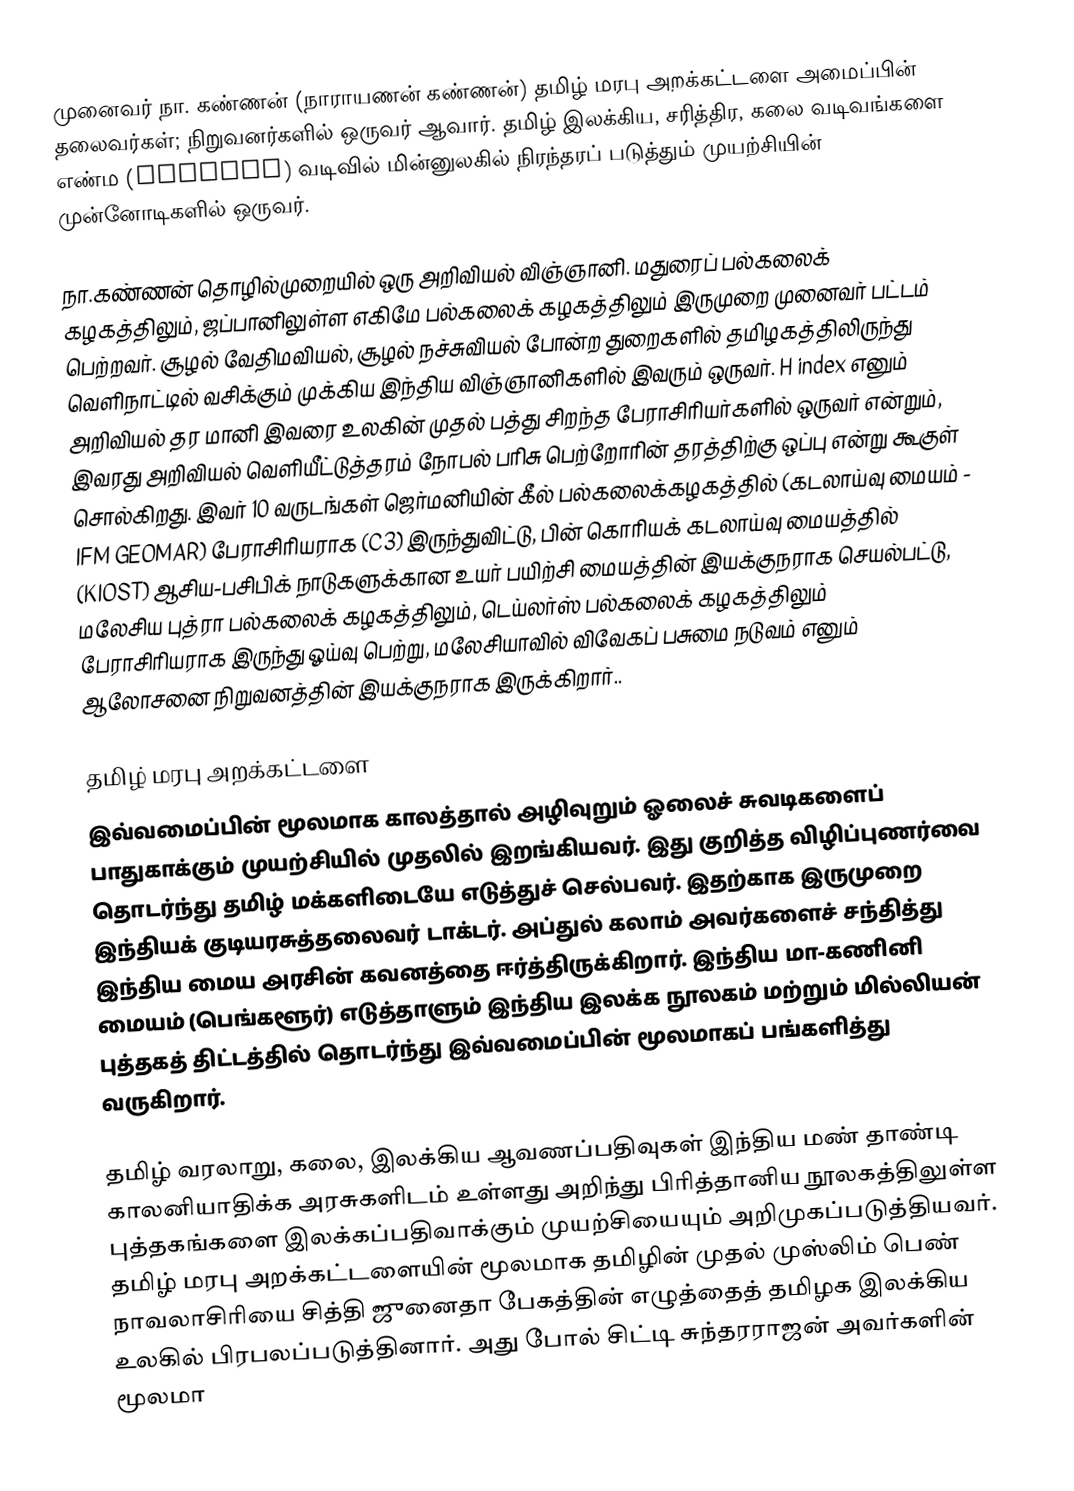
முனைவர் நா. கண்ணன் (நாராயணன் கண்ணன்) தமிழ் மரபு அறக்கட்டளை அமைப்பின் தலைவர்கள்; நிறுவனர்களில் ஒருவர் ஆவார். தமிழ் இலக்கிய, சரித்திர, கலை வடிவங்களை எண்ம (digital) வடிவில் மின்னுலகில் நிரந்தரப் படுத்தும் முயற்சியின் முன்னோடிகளில் ஒருவர்.

நா.கண்ணன் தொழில்முறையில் ஒரு அறிவியல் விஞ்ஞானி. மதுரைப் பல்கலைக் கழகத்திலும், ஜப்பானிலுள்ள எகிமே பல்கலைக் கழகத்திலும் இருமுறை முனைவர் பட்டம் பெற்றவர். சூழல் வேதிமவியல், சூழல் நச்சுவியல் போன்ற துறைகளில் தமிழகத்திலிருந்து வெளிநாட்டில் வசிக்கும் முக்கிய இந்திய விஞ்ஞானிகளில் இவரும் ஒருவர். H index எனும் அறிவியல் தர மானி இவரை உலகின் முதல் பத்து சிறந்த பேராசிரியர்களில் ஒருவர் என்றும், இவரது அறிவியல் வெளியீட்டுத்தரம் நோபல் பரிசு பெற்றோரின் தரத்திற்கு ஒப்பு என்று கூகுள் சொல்கிறது. இவர் 10 வருடங்கள் ஜெர்மனியின் கீல் பல்கலைக்கழகத்தில் (கடலாய்வு மையம் - IFM GEOMAR) பேராசிரியராக (C3) இருந்துவிட்டு, பின் கொரியக் கடலாய்வு மையத்தில் (KIOST) ஆசிய-பசிபிக் நாடுகளுக்கான  உயர் பயிற்சி மையத்தின் இயக்குநராக செயல்பட்டு, மலேசிய புத்ரா பல்கலைக் கழகத்திலும், டெய்லர்ஸ் பல்கலைக் கழகத்திலும் பேராசிரியராக இருந்து ஓய்வு பெற்று, மலேசியாவில் விவேகப் பசுமை நடுவம் எனும் ஆலோசனை நிறுவனத்தின் இயக்குநராக இருக்கிறார்..

தமிழ் மரபு அறக்கட்டளை
இவ்வமைப்பின் மூலமாக காலத்தால் அழிவுறும் ஓலைச் சுவடிகளைப் பாதுகாக்கும் முயற்சியில் முதலில் இறங்கியவர். இது குறித்த விழிப்புணர்வை தொடர்ந்து தமிழ் மக்களிடையே எடுத்துச் செல்பவர். இதற்காக இருமுறை இந்தியக் குடியரசுத்தலைவர் டாக்டர். அப்துல் கலாம் அவர்களைச் சந்தித்து இந்திய மைய அரசின் கவனத்தை ஈர்த்திருக்கிறார். இந்திய மா-கணினி மையம் (பெங்களூர்) எடுத்தாளும் இந்திய இலக்க நூலகம் மற்றும் மில்லியன் புத்தகத் திட்டத்தில் தொடர்ந்து இவ்வமைப்பின் மூலமாகப் பங்களித்து வருகிறார்.

தமிழ் வரலாறு, கலை, இலக்கிய ஆவணப்பதிவுகள் இந்திய மண் தாண்டி காலனியாதிக்க அரசுகளிடம் உள்ளது அறிந்து பிரித்தானிய நூலகத்திலுள்ள புத்தகங்களை இலக்கப்பதிவாக்கும் முயற்சியையும்  அறிமுகப்படுத்தியவர். தமிழ் மரபு அறக்கட்டளையின் மூலமாக தமிழின் முதல் முஸ்லிம் பெண் நாவலாசிரியை சித்தி ஜுனைதா பேகத்தின் எழுத்தைத் தமிழக இலக்கிய உலகில் பிரபலப்படுத்தினார். அது போல் சிட்டி சுந்தரராஜன் அவர்களின் மூலமா